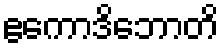
ဧကောဒိဘောတိ